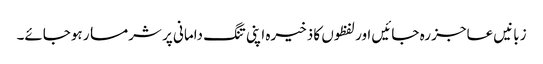
زبانیں عاجز رہ جائیں اور لفظوں کا ذخیرہ اپنی تنگ دامانی پر شرمسار ہوجائے۔